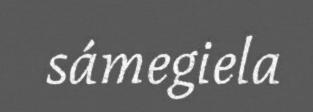
sámegiela